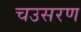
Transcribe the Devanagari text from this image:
चउसरण